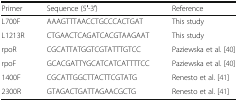
<table><thead><tr><td><b>Primer</b></td><td><b>Sequence (5′-3′)</b></td><td><b>Reference</b></td></tr></thead><tbody><tr><td>L700F</td><td>AAAGTTTAACCTGCCCACTGAT</td><td>This study</td></tr><tr><td>L1213R</td><td>CTGAACTCAGATCACGTAAGAAT</td><td>This study</td></tr><tr><td>rpoR</td><td>CGCATTATGGTCGTATTTGTCC</td><td>Paziewska et al. [40]</td></tr><tr><td>rpoF</td><td>GCACGATTYGCATCATCATTTTCC</td><td>Paziewska et al. [40]</td></tr><tr><td>1400F</td><td>CGCATTGGCTTACTTCGTATG</td><td>Renesto et al. [41]</td></tr><tr><td>2300R</td><td>GTAGACTGATTAGAACGCTG</td><td>Renesto et al. [41]</td></tr></tbody></table>